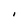
Character: I